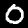
Digit: 0